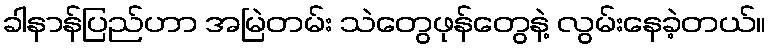
ခါနာန်ပြည်ဟာ အမြဲတမ်း သဲတွေဖုန်တွေနဲ့ လွမ်းနေခဲ့တယ်။